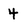
Character: 4